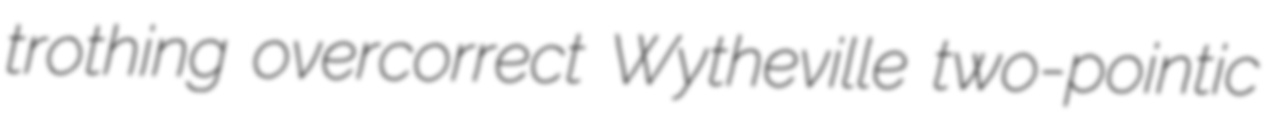
trothing overcorrect Wytheville two-pointic